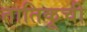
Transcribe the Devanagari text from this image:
तातिकूची